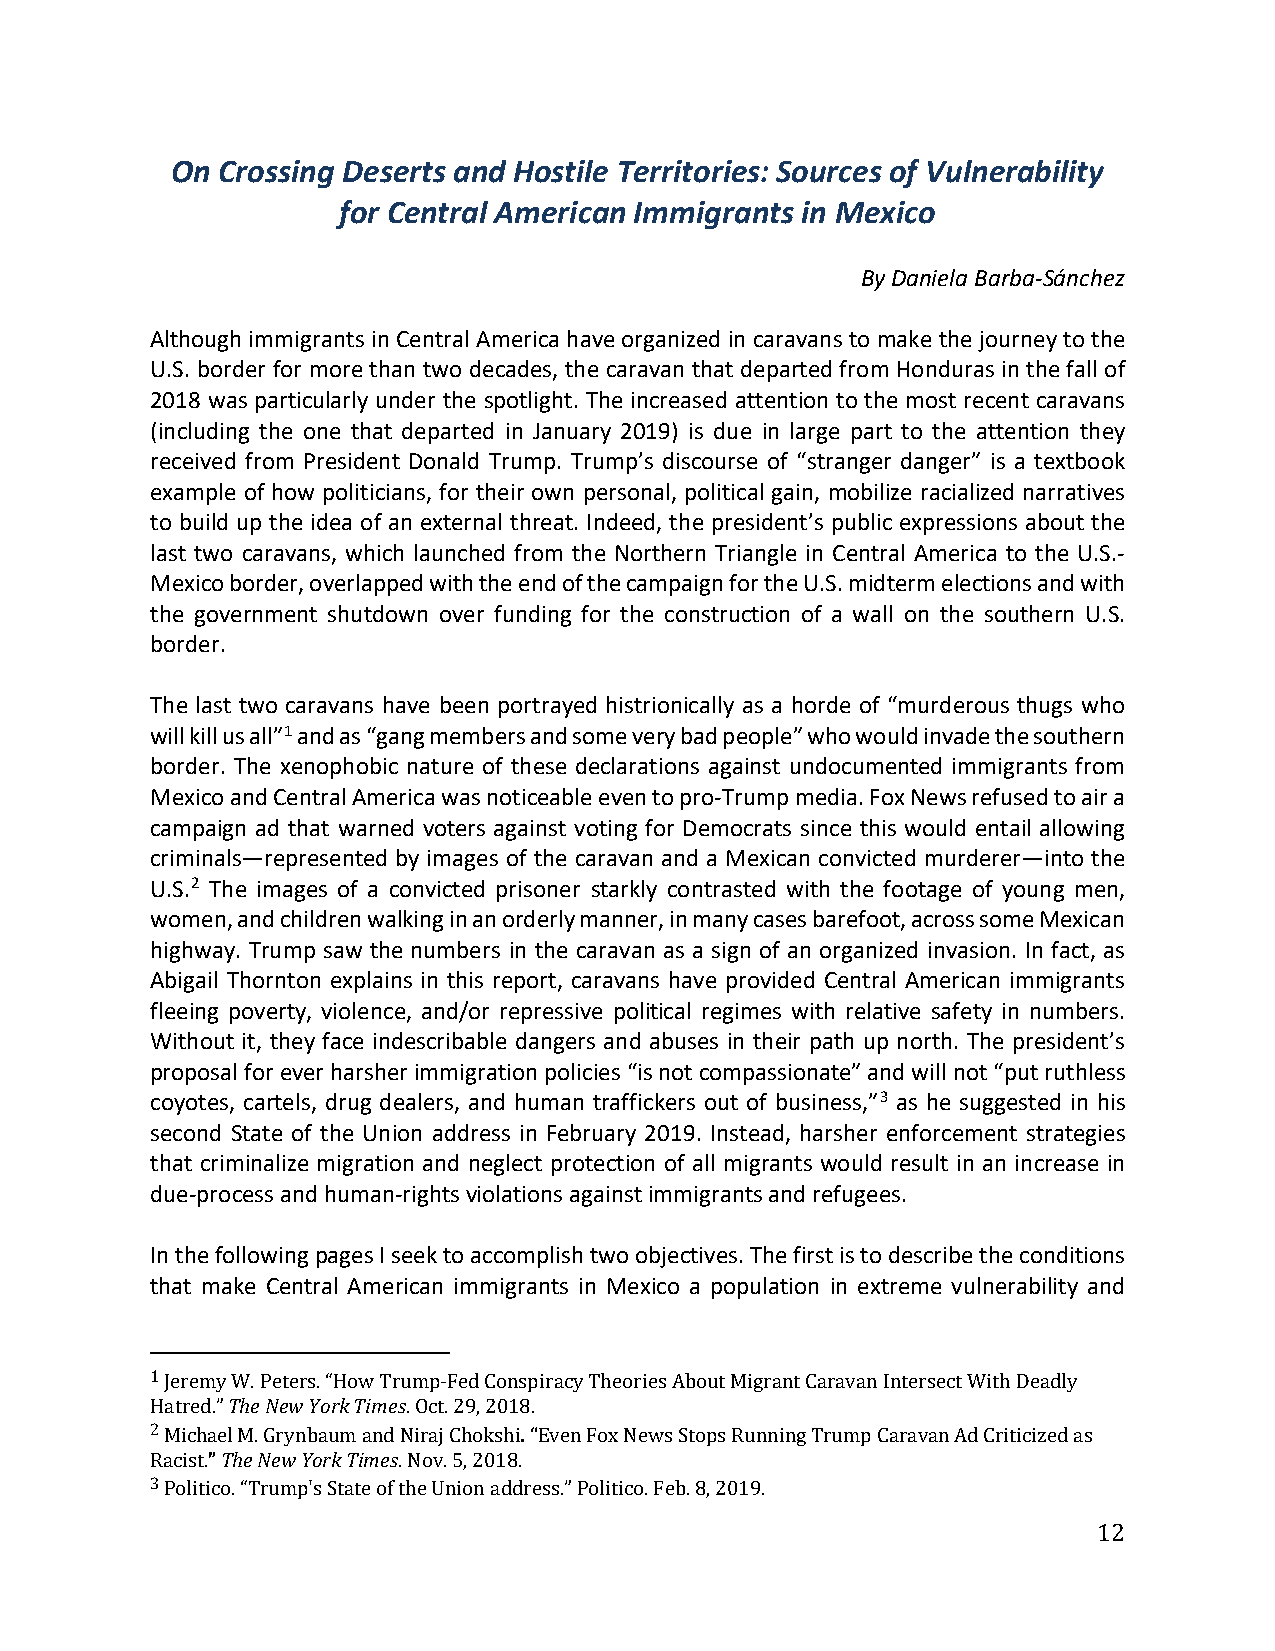
On Crossing Deserts and Hostile Territories: Sources of Vulnerability
 for Central American Immigrants in Mexico
 By Daniela Barba-Sánchez
 Although immigrants in Central America have organized in caravans to make the journey to the
 U.S. border for more than two decades, the caravan that departed from Honduras in the fall of
 2018 was particularly under the spotlight. The increased attention to the most recent caravans
 (including the one that departed in January 2019) is due in large part to the attention they
 received from President Donald Trump. Trump’s discourse of “stranger danger” is a textbook
 example of how politicians, for their own personal, political gain, mobilize racialized narratives
 to build up the idea of an external threat. Indeed, the president’s public expressions about the
 last two caravans, which launched from the Northern Triangle in Central America to the U.S.-
 Mexico border, overlapped with the end of the campaign for the U.S. midterm elections and with
 the government shutdown over funding for the construction of a wall on the southern U.S.
 border.
 The last two caravans have been portrayed histrionically as a horde of “murderous thugs who
 will kill us all”1 and as “gang members and some very bad people” who would invade the southern
 border. The xenophobic nature of these declarations against undocumented immigrants from
 Mexico and Central America was noticeable even to pro-Trump media. Fox News refused to air a
 campaign ad that warned voters against voting for Democrats since this would entail allowing
 criminals—represented by images of the caravan and a Mexican convicted murderer—into the
 U.S.2 The images of a convicted prisoner starkly contrasted with the footage of young men,
 women, and children walking in an orderly manner, in many cases barefoot, across some Mexican
 highway. Trump saw the numbers in the caravan as a sign of an organized invasion. In fact, as
 Abigail Thornton explains in this report, caravans have provided Central American immigrants
 fleeing poverty, violence, and/or repressive political regimes with relative safety in numbers.
 Without it, they face indescribable dangers and abuses in their path up north. The president’s
 proposal for ever harsher immigration policies “is not compassionate” and will not “put ruthless
 coyotes, cartels, drug dealers, and human traffickers out of business,”3 as he suggested in his
 second State of the Union address in February 2019. Instead, harsher enforcement strategies
 that criminalize migration and neglect protection of all migrants would result in an increase in
 due-process and human-rights violations against immigrants and refugees.
 In the following pages I seek to accomplish two objectives. The first is to describe the conditions
 that make Central American immigrants in Mexico a population in extreme vulnerability and
 T h e N e w Y o r k T i m e s
 1
 Jeremy W. Peters. “How Trump-Fed Conspiracy Theories About Migrant Caravan Intersect With Deadly
 . “
 Hatred.”         . Oct. 29, 2018.
 ” The New York Times
 2
 Michael M. Grynbaum and Niraj Chokshi Even Fox News Stops Running Trump Caravan Ad Criticized as
 Racist.         . Nov. 5, 2018.
 3
 Politico. “Trump's State of the Union address.” Politico. Feb. 8, 2019.
 12